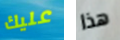
عليك هذا